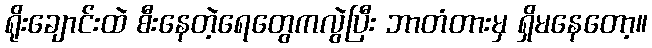
ရိုးချောင်းထဲ စီးနေတဲ့ရေတွေကလွဲပြီး ဘာတံတားမှ ရှိမနေတော့။